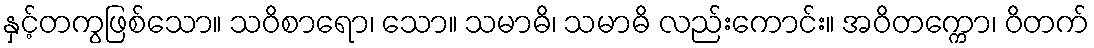
နှင့်တကွဖြစ်သော။ သဝိစာရော၊ သော။ သမာဓိ၊ သမာဓိ လည်းကောင်း။ အဝိတက္ကော၊ ဝိတက်